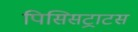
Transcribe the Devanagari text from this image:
पिसिसट्राटस